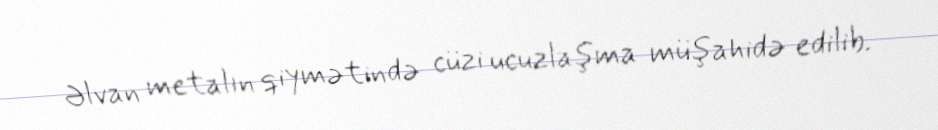
Əlvan metalın qiymətində cüzi ucuzlaşma müşahidə edilib.